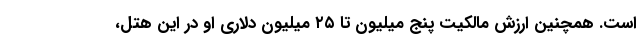
است. همچنین ارزش مالکیت پنج میلیون تا ۲۵ میلیون دلاری او در این هتل،